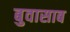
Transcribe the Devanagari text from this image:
बुवासाब